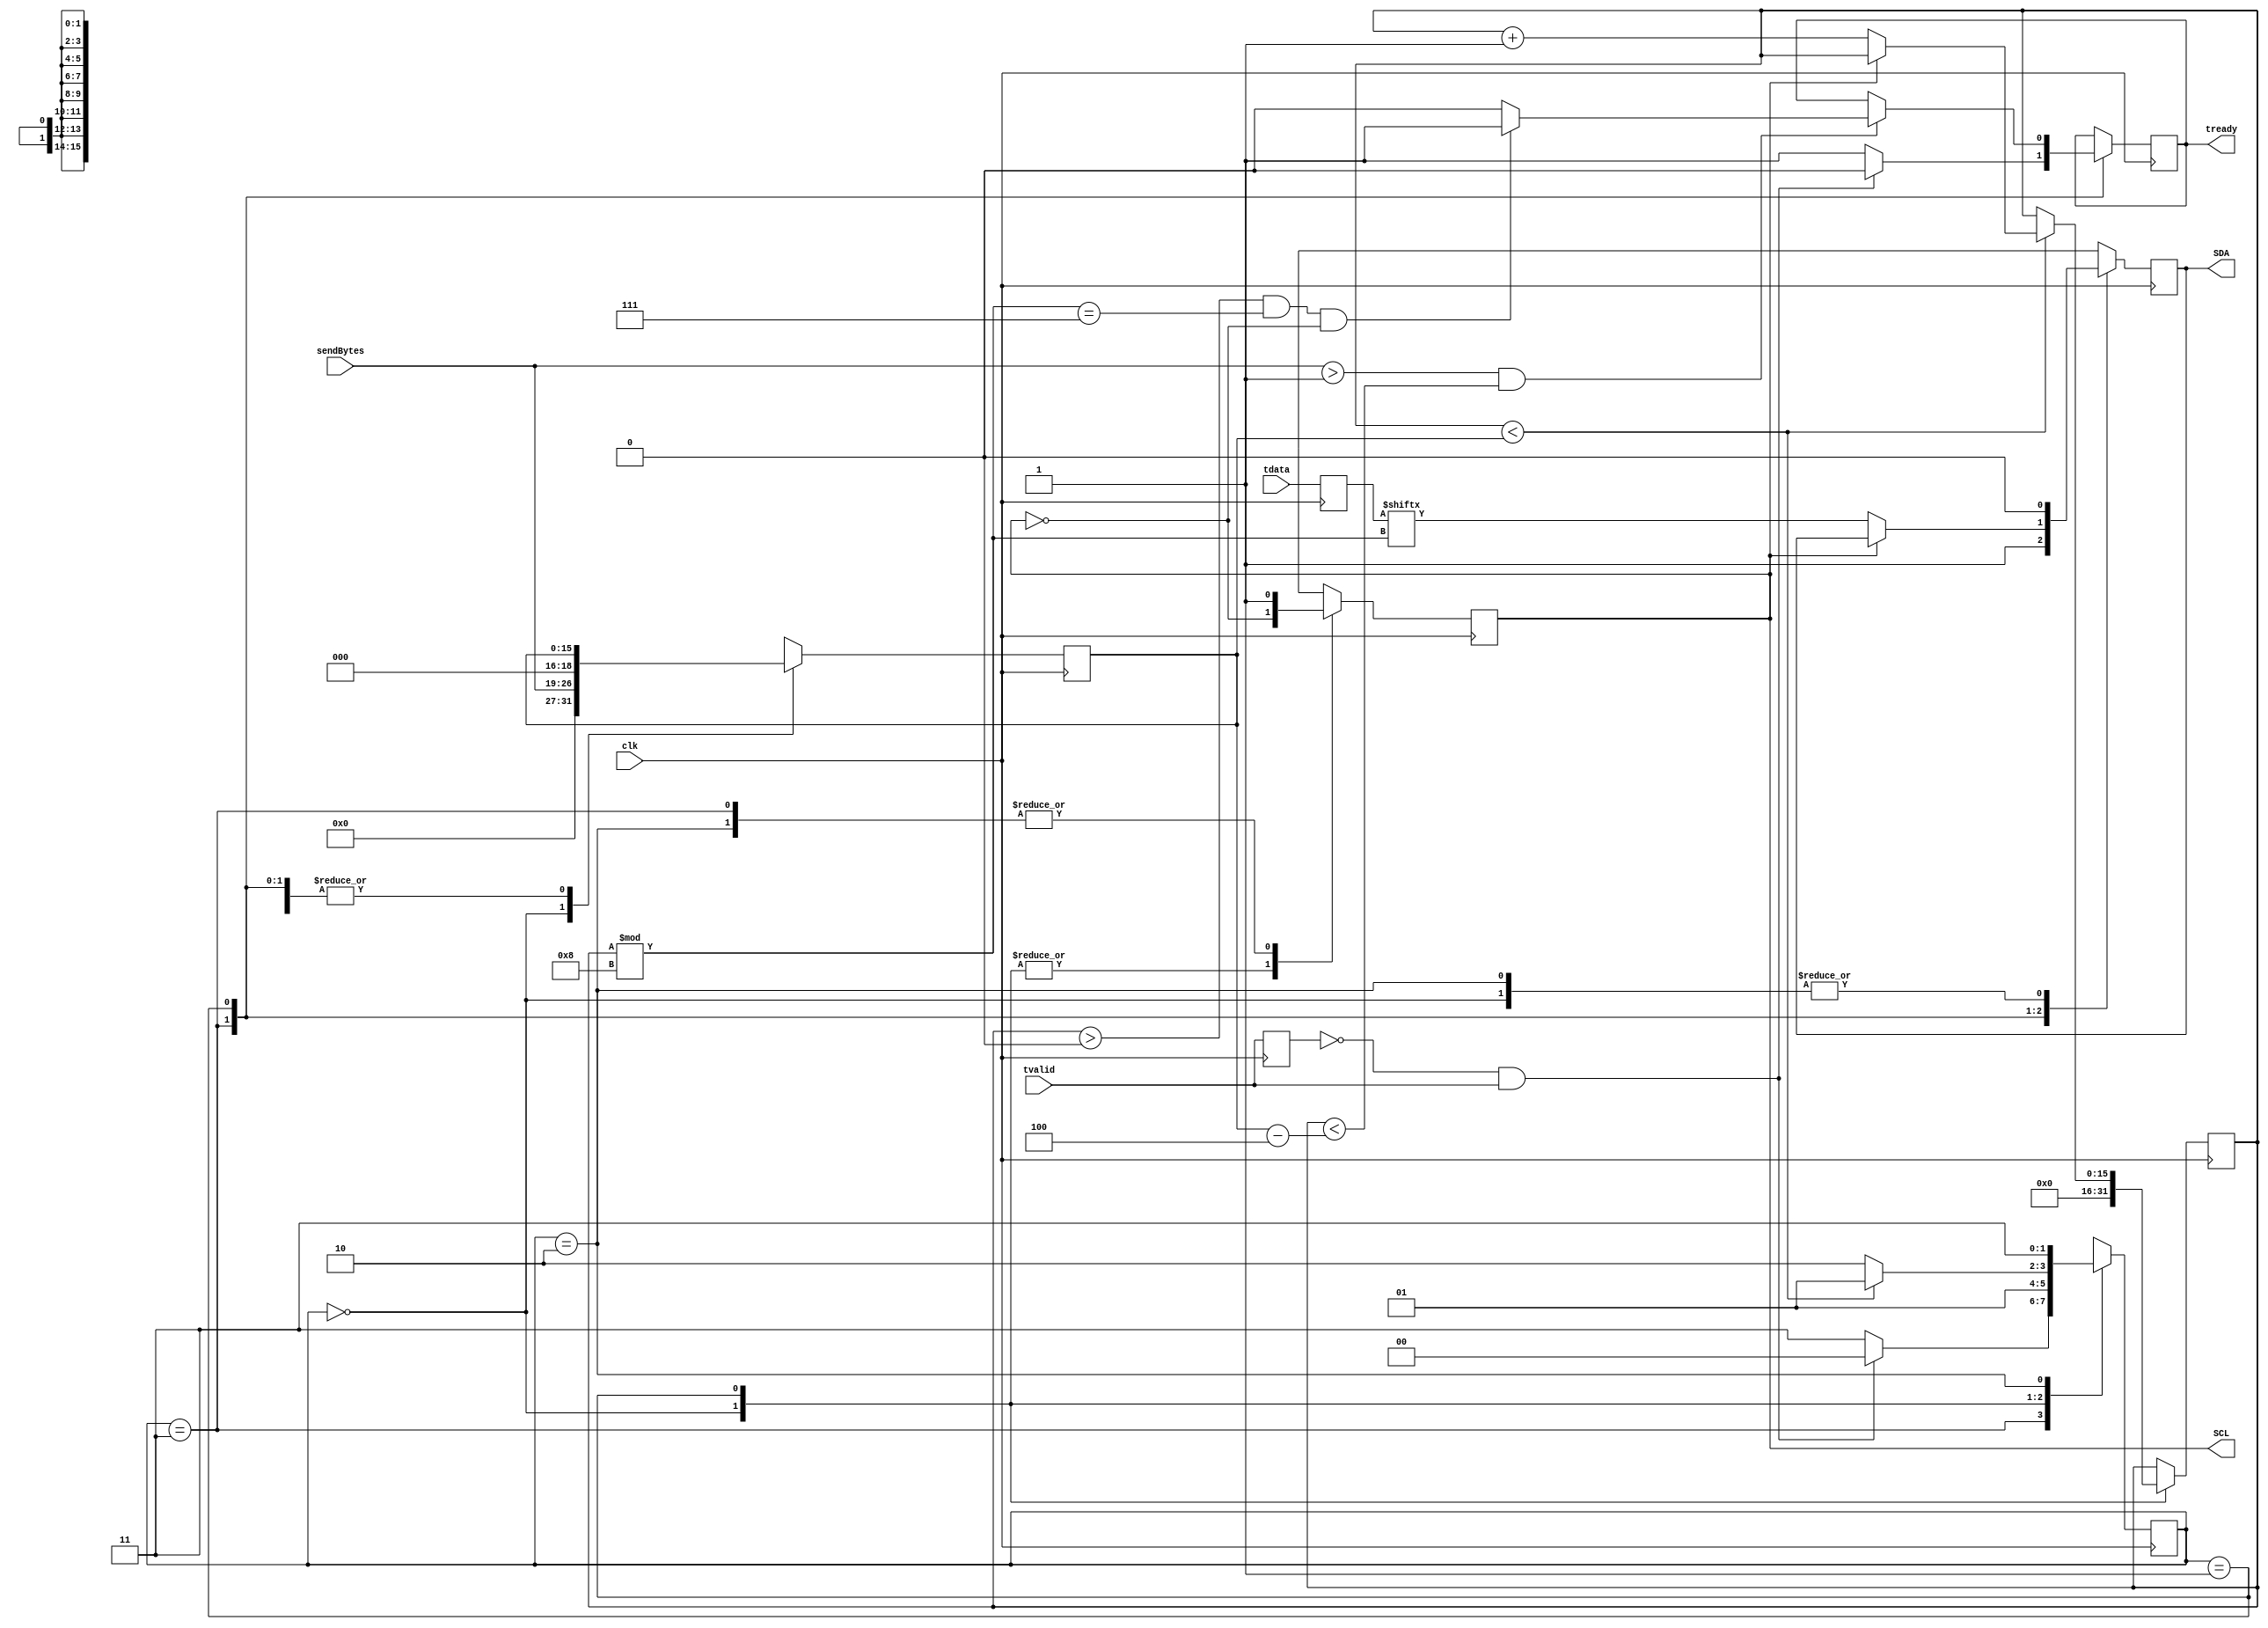

module iic_opr
(
	input clk,
	input[7:0] sendBytes,
	input tvalid,
	input[7:0] tdata,
	output tready,
	output SCL,
	output SDA
);

	localparam  START =2'b00,SEND = 2'b01, STOP = 2'b10,IDEL = 2'b11;

	 
	reg[1:0] state = IDEL;

	wire clk_n;

	reg tready_reg = 1'b1;
	reg scl_reg = 1'b1;
	reg sda_reg = 1'b1;
	reg[7:0] tdata_dly;

	reg tvalid_dly;
	reg[15:0] sendBits = 16'd0;
	reg[15:0] Bit_Counts= 16'd0;


	// 
	//assign sendBits = (sendBytes << 3);
	assign clk_n = ~clk;

	assign tready = tready_reg;
	assign SCL = scl_reg;
	assign SDA = sda_reg;

	always@(posedge clk)
	begin
		tvalid_dly <= tvalid;
		
		// if(tvalid == 1'b1)
		// begin
			// tdata_dly  <= tdata;	
		// end
		
		tdata_dly  <= tdata;	
		//sendBits = (sendBytes << 3);
	end


	// 
	always@(posedge clk)
	begin
		case(state)
			IDEL:
			begin
				if(~tvalid_dly & tvalid) // 
				begin
					state <= START;
				end
				else
				begin
					state <= IDEL;
				end
				
			end
			START:
			begin
				state <= SEND;	
				Bit_Counts <= 16'd0;
				sendBits = (sendBytes << 3);				
			end
			SEND:
			begin
				if(Bit_Counts < sendBits)
				begin
					if(scl_reg == 1'b0)
					begin
						//IIC SCL 
						Bit_Counts <= Bit_Counts + 1;
					end
					state <= SEND;	
				end
				else
				begin
					
					state <= STOP;	
				end
			end
			STOP:
			begin
				state <= IDEL;	
			end
			
			default:
			begin
				state <= IDEL;
			end
				
		endcase
	end

	//SCL
	always@(posedge clk)
	begin
		case(state)
			IDEL:
			begin
				scl_reg <= 1'b1;
			end
			START:
			begin
				//scl_reg <= 1'b1;
				scl_reg <= ~scl_reg;
			end
			SEND:
			begin
				scl_reg <= ~scl_reg;
			end
			STOP:
			begin
				scl_reg <= 1'b1;
			end	
			default:
			begin
				scl_reg <= 1'b1;
			end
				
		endcase
	end


	// SDA
	always@(posedge clk_n)
	begin
		case(state)
			IDEL:
			begin
				sda_reg <= 1'b1;
			end
			START:
			begin
				sda_reg <= 1'b0;
			end
			SEND:
			begin
				if(scl_reg == 1'b0)
				begin
					//scl_reg 
					sda_reg <= tdata_dly[Bit_Counts%8];
				end
				else
				begin
					sda_reg <= sda_reg;
				end
				
				
			end
			STOP:
			begin
				// 
				sda_reg <= 1'b0;
				
			end	
			default:
			begin
				sda_reg <= 1'b1;
			end
				
		endcase
	end

	// ready 
	always@(posedge clk_n)
	begin
		case(state)
			IDEL:
			begin
				if(~tvalid_dly & tvalid == 1'b1)
				begin
					tready_reg <= 1'b0;
				end
				else
				begin
					tready_reg <= 1'b1;
				end	
			end

			SEND:
			begin
				
				//tready
				if((sendBytes > 8'd1) && (Bit_Counts < (sendBits - 8'd4)))
				begin

				
					if((Bit_Counts > 15'd0) && ((Bit_Counts%8) == 15'd7) && (scl_reg == 1'b0))
					begin
						tready_reg <= 1'b1;
					end
					else
					begin
						tready_reg <= 1'b0;
					end	
				end
				
			end
					
		endcase
	end





endmodule